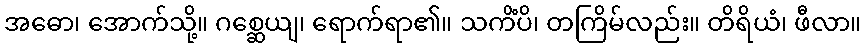
အဓော၊ အောက်သို့။ ဂစ္ဆေယျ၊ ရောက်ရာ၏။ သကိံပိ၊ တကြိမ်လည်း။ တိရိယံ၊ ဖီလာ။